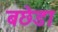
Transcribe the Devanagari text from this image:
बछेडा